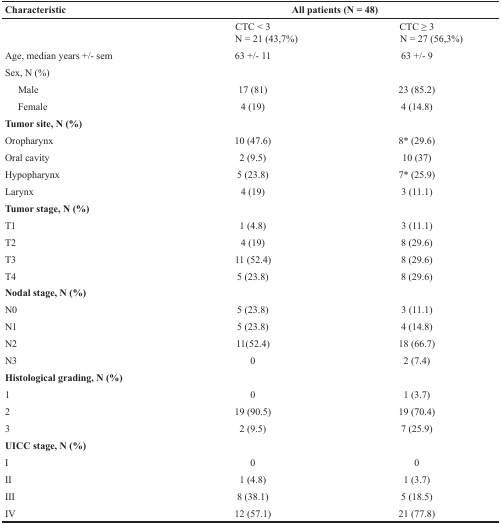
<table><thead><tr><td><b>Characteristic</b></td><td colspan="2"><b>All patients (N = 48)</b></td></tr></thead><tbody><tr><td>[EMPTY_CELL]</td><td>CTC &lt; 3N = 21 (43,7%)</td><td>CTC ≥ 3N = 27 (56,3%)</td></tr><tr><td>Age, median years +/− sem</td><td>63 +/− 11</td><td>63 +/− 9</td></tr><tr><td>Sex, N (%)</td><td>[EMPTY_CELL]</td><td>[EMPTY_CELL]</td></tr><tr><td>Male</td><td>17 (81)</td><td>23 (85.2)</td></tr><tr><td>Female</td><td>4 (19)</td><td>4 (14.8)</td></tr><tr><td><b>Tumor site, N (%)</b></td><td>[EMPTY_CELL]</td><td>[EMPTY_CELL]</td></tr><tr><td>Oropharynx</td><td>10 (47.6)</td><td>8<sup>*</sup> (29.6)</td></tr><tr><td>Oral cavity</td><td>2 (9.5)</td><td>10 (37)</td></tr><tr><td>Hypopharynx</td><td>5 (23.8)</td><td>7<sup>*</sup> (25.9)</td></tr><tr><td>Larynx</td><td>4 (19)</td><td>3 (11.1)</td></tr><tr><td><b>Tumor stage, N (%)</b></td><td>[EMPTY_CELL]</td><td>[EMPTY_CELL]</td></tr><tr><td>T1</td><td>1 (4.8)</td><td>3 (11.1)</td></tr><tr><td>T2</td><td>4 (19)</td><td>8 (29.6)</td></tr><tr><td>T3</td><td>11 (52.4)</td><td>8 (29.6)</td></tr><tr><td>T4</td><td>5 (23.8)</td><td>8 (29.6)</td></tr><tr><td><b>Nodal stage, N (%)</b></td><td>[EMPTY_CELL]</td><td>[EMPTY_CELL]</td></tr><tr><td>N0</td><td>5 (23.8)</td><td>3 (11.1)</td></tr><tr><td>N1</td><td>5 (23.8)</td><td>4 (14.8)</td></tr><tr><td>N2</td><td>11(52.4)</td><td>18 (66.7)</td></tr><tr><td>N3</td><td>0</td><td>2 (7.4)</td></tr><tr><td><b>Histological grading, N (%)</b></td><td>[EMPTY_CELL]</td><td>[EMPTY_CELL]</td></tr><tr><td>1</td><td>0</td><td>1 (3.7)</td></tr><tr><td>2</td><td>19 (90.5)</td><td>19 (70.4)</td></tr><tr><td>3</td><td>2 (9.5)</td><td>7 (25.9)</td></tr><tr><td><b>UICC stage, N (%)</b></td><td>[EMPTY_CELL]</td><td>[EMPTY_CELL]</td></tr><tr><td>I</td><td>0</td><td>0</td></tr><tr><td>II</td><td>1 (4.8)</td><td>1 (3.7)</td></tr><tr><td>III</td><td>8 (38.1)</td><td>5 (18.5)</td></tr><tr><td>IV</td><td>12 (57.1)</td><td>21 (77.8)</td></tr></tbody></table>